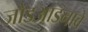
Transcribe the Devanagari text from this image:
जोडआडनावे